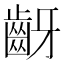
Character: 齖